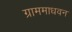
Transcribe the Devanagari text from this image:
ग्राममाधवन